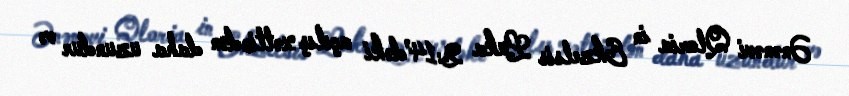
Ənənəvi Qloria in Ekzelsis Luka 2:14’dəki açılış xəttindən daha uzundur və